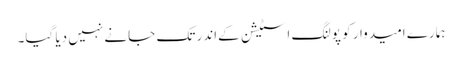
ہمارے امیدوار کو پولنگ اسٹیشن کےاندر تک جانے نہیں دیا گیا۔